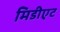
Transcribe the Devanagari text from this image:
मिडीएट